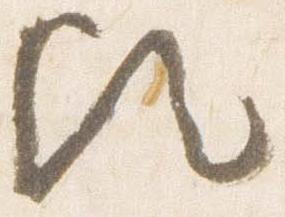
歟